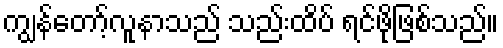
ကျွန်တော့်လူနာသည် သည်းထိပ် ရင်ဖိုဖြစ်သည်။